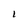
Character: l